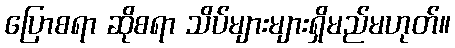
ပြောစရာ ဆိုစရာ သိပ်များများရှိမည်မဟုတ်။